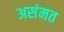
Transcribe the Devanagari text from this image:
असंमत